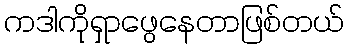
ကဒါကိုရှာဖွေနေတာဖြစ်တယ်